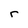
Character: r